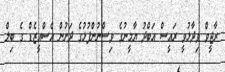
ރާޖީވް ވިދާޅުވީ ރައީސް އަބްދު ޔާމީނުގެ ވިސްނުންފުޅުގެ ދަށުން އެސްއީޒެޑް ގެ ބިލް